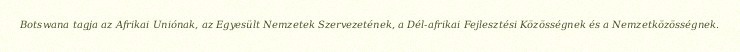
Botswana tagja az Afrikai Uniónak, az Egyesült Nemzetek Szervezetének, a Dél-afrikai Fejlesztési Közösségnek és a Nemzetközösségnek.